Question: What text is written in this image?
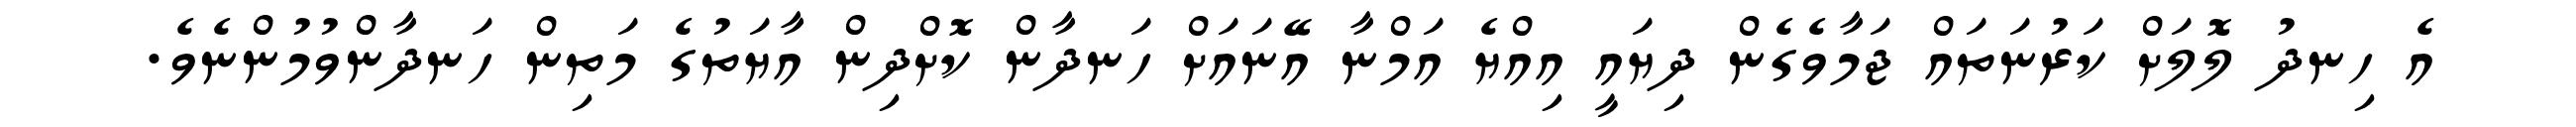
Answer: އެ ހިނދު ލޮލަށް ކަރުނަތައް ޖަމާވެގެން ދިޔައީ އިއްޔެ އަމްނާ އޭނައަށް ހަނދާން ކޮށްދިން އާޔަތުގެ މަތިން ހަނދާންވުމުންނެވެ.